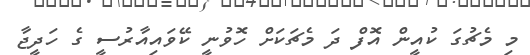
މި މެޗުގަ ކުއީން އޮފް ދަ މެޗަކަށް ހޮވުނީ ކޭވައިއާރުސީ ގެ ހަދީޖާ